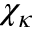
\chi _ { \kappa }